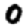
Digit: 0